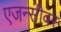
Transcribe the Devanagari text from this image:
एजन्सीवर